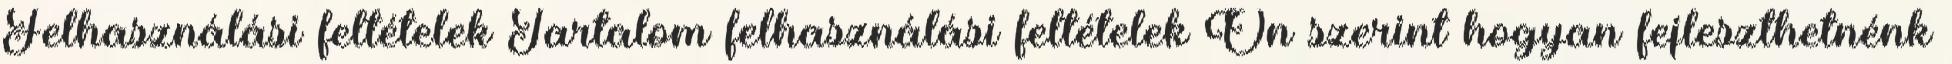
Felhasználási feltételek Tartalom felhasználási feltételek Ön szerint hogyan fejleszthetnénk